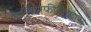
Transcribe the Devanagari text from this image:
कैलिग्राफीविकास